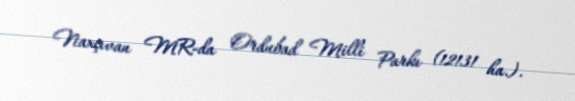
Naxçıvan MR-da Ordubad Milli Parkı (12131 ha.).